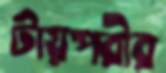
টায়পরীর